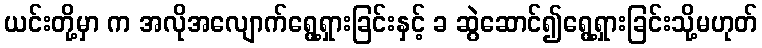
ယင်းတို့မှာ က အလိုအလျောက်ရွေ့ရှားခြင်းနှင့် ခ ဆွဲဆောင်၍ရွေ့ရှားခြင်းသို့မဟုတ်